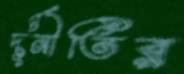
দূর্নীতির